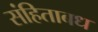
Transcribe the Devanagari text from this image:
संहिताबध